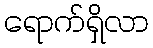
ရောက်ရှိလာ